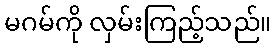
မဂမ်ကို လှမ်းကြည့်သည်။